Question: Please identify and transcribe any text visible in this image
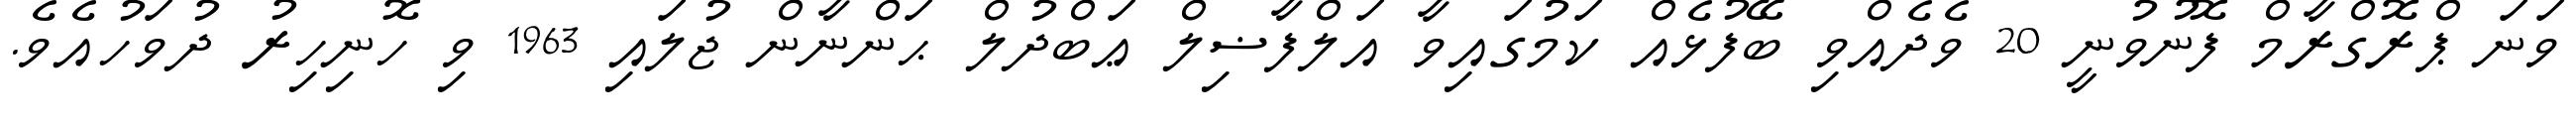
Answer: ވަނަ ޕްރޮގްރާމް ފޮނުވުނީ 20 ވެދެއްވި ބޭފުޅެއް ކަމުގައިވާ އަލްފާޟިލް ޢަބްދުލް ޙަންނާން ޖުލައި 1963 ވި ހޮނިހިރު ދުވަހުއެވެ.